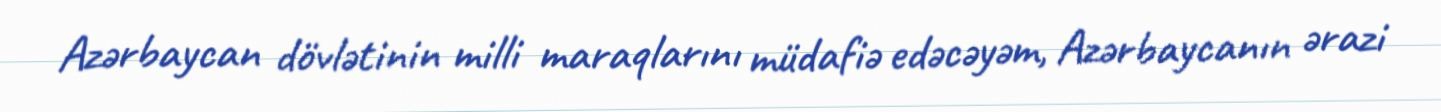
Azərbaycan dövlətinin milli maraqlarını müdafiə edəcəyəm, Azərbaycanın ərazi